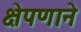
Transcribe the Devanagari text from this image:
क्षेपणाने